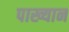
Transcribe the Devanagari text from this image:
पाख्यान